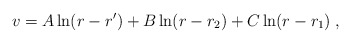
\begin{align*}v = A \ln (r - r') + B \ln (r- r_2) + C \ln (r - r_1) \; ,\end{align*}